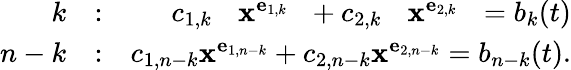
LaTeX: \begin{array}{rlr}{k}&{:}&{c_{1,k\hphantom{-k}}{\mathbf x}^{{\mathbf e}_{1,k\hphantom{-k}}}+c_{2,k\hphantom{-k}}{\mathbf x}^{{\mathbf e}_{2,k\hphantom{-k}}}=b_{k}(t)}\\ {n-k}&{:}&{c_{1,n-k}{\mathbf x}^{{\mathbf e}_{1,n-k}}+c_{2,n-k}{\mathbf x}^{{\mathbf e}_{2,n-k}}=b_{n-k}(t).}\end{array}